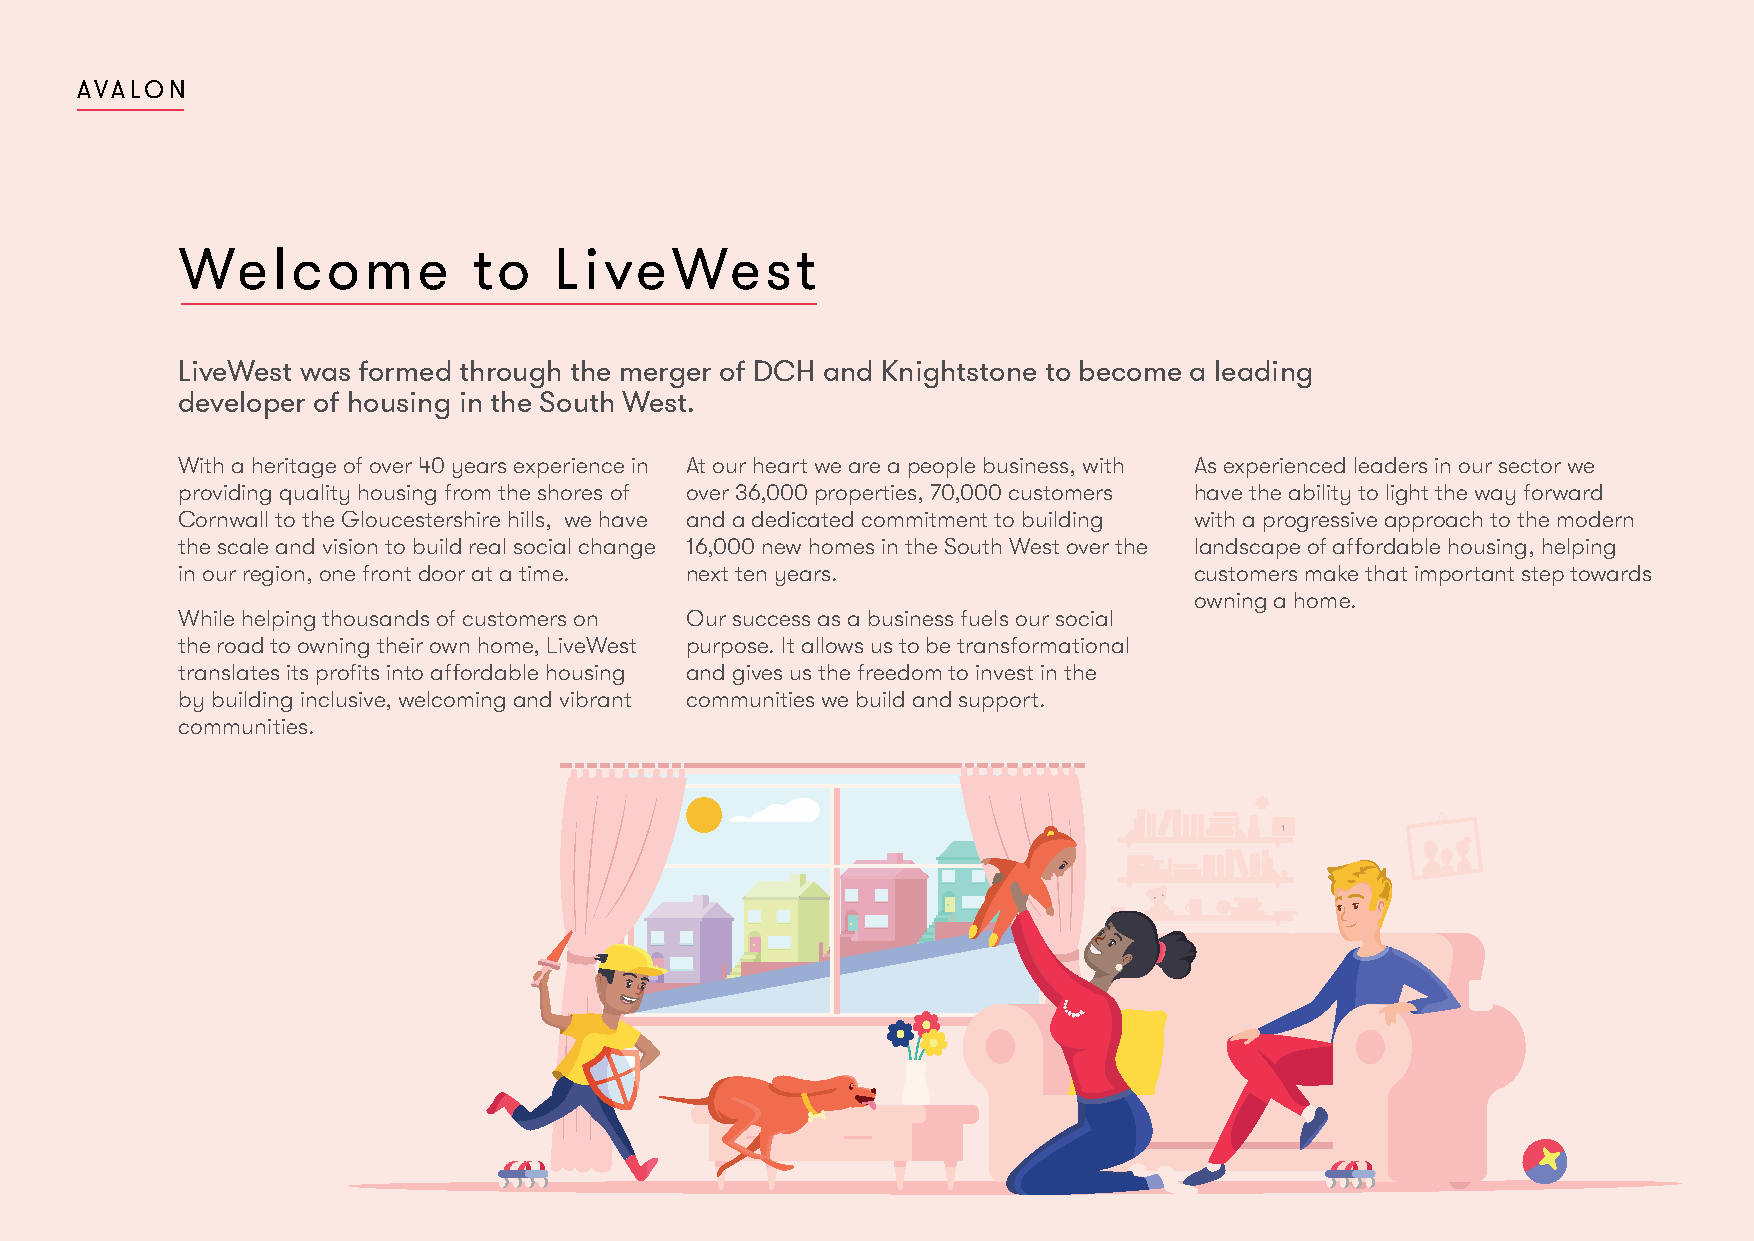
AvALon
 Welcome            to    LiveWest
 LiveWest was formed through the merger of DCH and Knightstone to become a leading
 developer of housing in the South West.
 With a heritage of over 40 years experience in At our heart we are a people business, with As experienced leaders in our sector we
 providing quality housing from the shores of over 36,000 properties, 70,000 customers have the ability to light the way forward
 Cornwall to the Gloucestershire hills, we have and a dedicated commitment to building with a progressive approach to the modern
 the scale and vision to build real social change 16,000 new homes in the South West over the landscape of affordable housing, helping
 in our region, one front door at a time. next ten years.           customers make that important step towards
 owning a home.
 While helping thousands of customers on Our success as a business fuels our social
 the road to owning their own home, LiveWest purpose. It allows us to be transformational
 translates its profits into affordable housing and gives us the freedom to invest in the
 by building inclusive, welcoming and vibrant communities we build and support.
 communities.